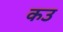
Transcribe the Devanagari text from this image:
कउ